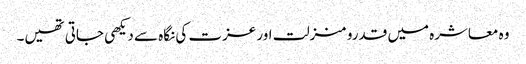
وہ معاشرہ میں قدرو منزلت اور عزت کی نگاہ سے دیکھی جاتی تھیں۔